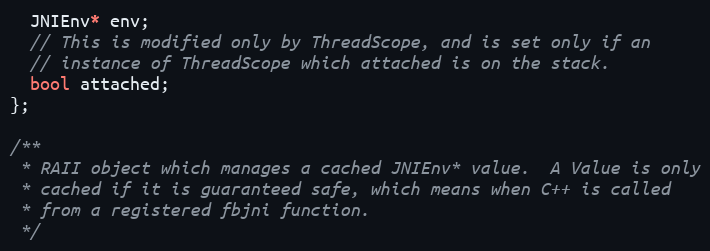
Language: C
  JNIEnv* env;
  // This is modified only by ThreadScope, and is set only if an
  // instance of ThreadScope which attached is on the stack.
  bool attached;
};

/**
 * RAII object which manages a cached JNIEnv* value.  A Value is only
 * cached if it is guaranteed safe, which means when C++ is called
 * from a registered fbjni function.
 */